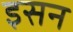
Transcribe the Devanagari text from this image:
इसन